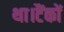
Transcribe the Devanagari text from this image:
था।टैंकों